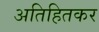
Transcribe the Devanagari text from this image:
अतिहितकर